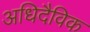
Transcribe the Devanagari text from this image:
अधिदैविक